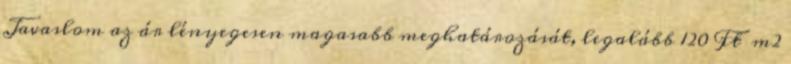
Javaslom az ár lényegesen magasabb meghatározását, legalább 120 Ft m2